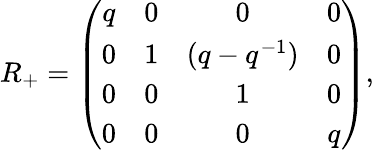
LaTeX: R_{+}=\left(\begin{array}{cccc}{{q}}&{{0}}&{{0}}&{{0}}\\ {{0}}&{{1}}&{{(q-q^{-1})}}&{{0}}\\ {{0}}&{{0}}&{{1}}&{{0}}\\ {{0}}&{{0}}&{{0}}&{{q}}\end{array}\right),